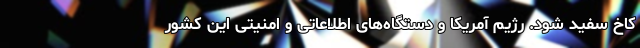
کاخ سفید شود. رژیم آمریکا و دستگاه‌های اطلاعاتی و امنیتی این کشور